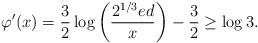
LaTeX: \begin{align*}\varphi'(x)=\frac{3}{2}\log\bigg(\frac{2^{1/3}ed}{x}\bigg)-\frac{3}{2}\ge\log3.\end{align*}